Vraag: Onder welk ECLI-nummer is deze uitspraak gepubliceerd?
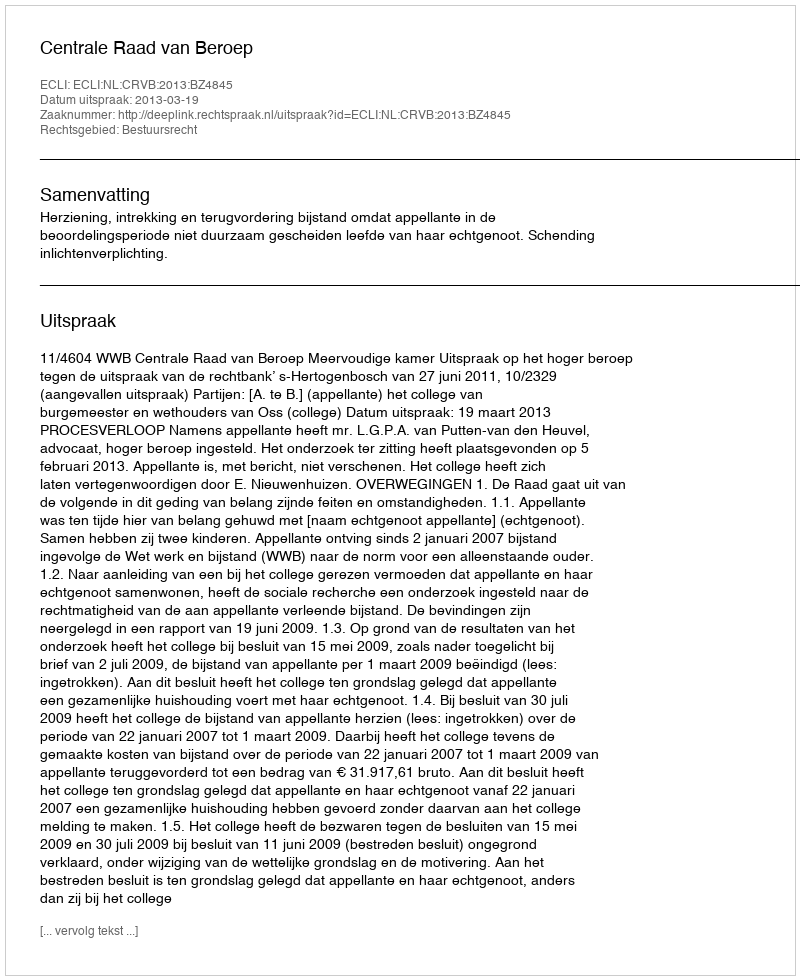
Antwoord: ECLI:NL:CRVB:2013:BZ4845